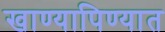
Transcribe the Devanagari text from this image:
खाण्यापिण्यात